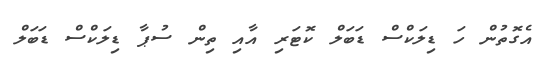
އެގޮތުން ހަ ޑިލަކްސް ޑަބަލް ކޮޓަރި އާއި ތިން ސުޕާ ޑިލަކްސް ޑަބަލް